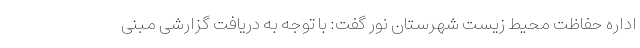
اداره حفاظت محیط زیست شهرستان نور گفت: با توجه به دریافت گزارشی مبنی